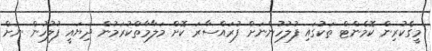
މީގެކުރިން ކޮމެންޓް ތަކުގައި ފުލުހުންނަށް ފުރައްސާރަ ކޮށް މަލާމާތްކުރަމުން ދިޔައީ ފުލުހުން ނަށް